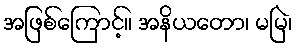
အဖြစ်ကြောင့်။ အနိယတော၊ မမြဲ၊